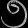
Digit: ၅